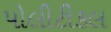
પોલીટીકલ